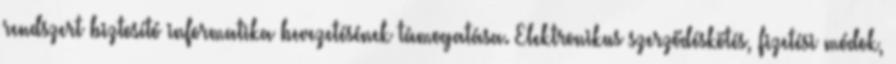
rendszert biztosító informatika bevezetésének támogatása. Elektronikus szerződéskötés, fizetési módok,